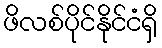
ဖိလစ်ပိုင်နိုင်ငံရှိ